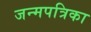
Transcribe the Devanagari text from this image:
जन्मपत्रिका